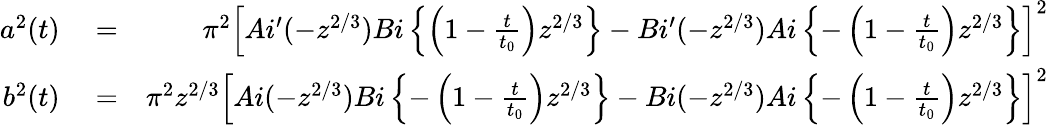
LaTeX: \begin{array}{rlr}{a^{2}(t)}&{{}=}&{\pi^{2}\left[Ai^{\prime}(-z^{2/3})Bi\left\{ \left(1-\frac{t}{t_{0}}\right)z^{2/3}\right\} -Bi^{\prime}(-z^{2/3})Ai\left\{ -\left(1-\frac{t}{t_{0}}\right)z^{2/3}\right\} \right]^{2}}\\ {b^{2}(t)}&{{}=}&{\pi^{2}z^{2/3}\left[Ai(-z^{2/3})Bi\left\{ -\left(1-\frac{t}{t_{0}}\right)z^{2/3}\right\} -Bi(-z^{2/3})Ai\left\{ -\left(1-\frac{t}{t_{0}}\right)z^{2/3}\right\} \right]^{2}}\end{array}